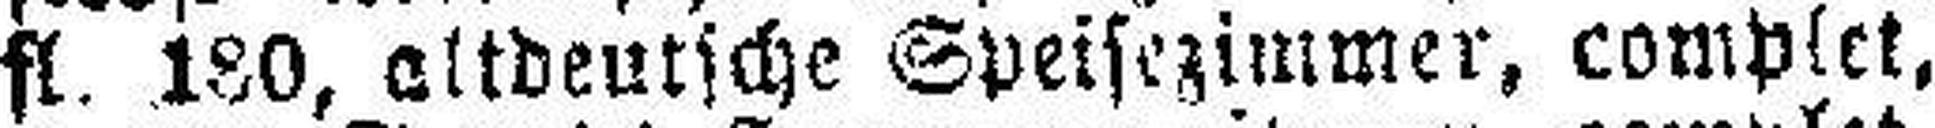
fl. 180, altdeutsche Speisezimmer, complet,